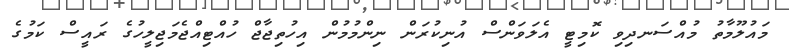
މައުލޫމާތު މުއްސަނދިވި ކޮމިޓީ އެލަވަންސް އުނިކުރަން ނިންމުމުން އިހުތިޖާޖް ހުއްޓިއްޖެމަޖިލީހުގެ ރައީސް ކަމުގެ